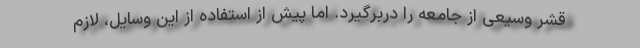
قشر وسیعی از جامعه را دربرگیرد. اما پیش از استفاده از این وسایل، لازم